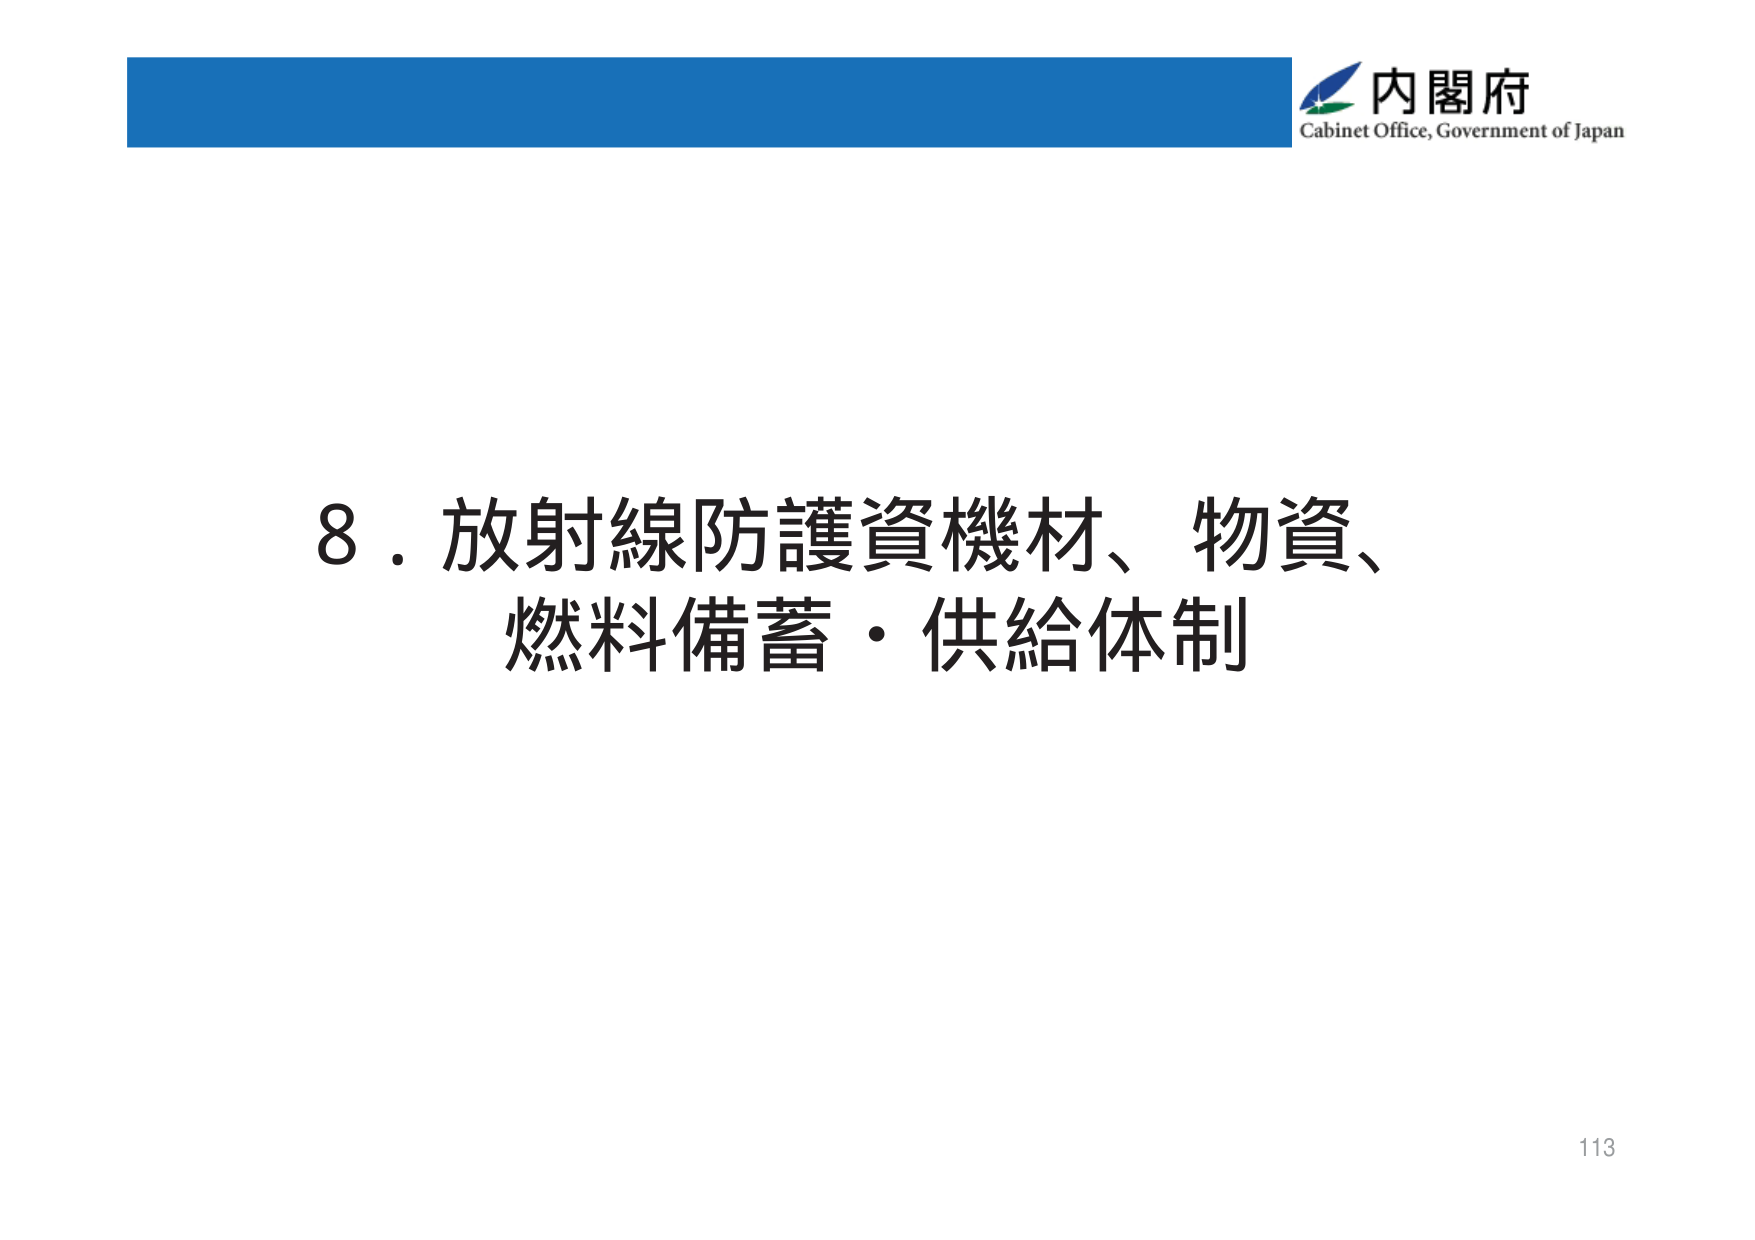
内閣府
Cabinet Office, Government of Japan
8．放射線防護資機材、物資、
燃料備蓄・供給体制
113